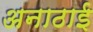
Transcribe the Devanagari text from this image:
अनाठाई